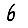
Digit: 6